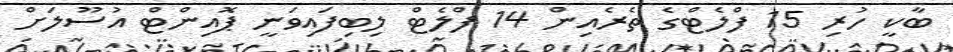
ބާކީ ހުރި 15 ފްލެޓްގެ ތެރެއިން 14 ފްލެޓް ލިބިފައިވަނީ ޕޮއިންޓް އުސޫލަށް